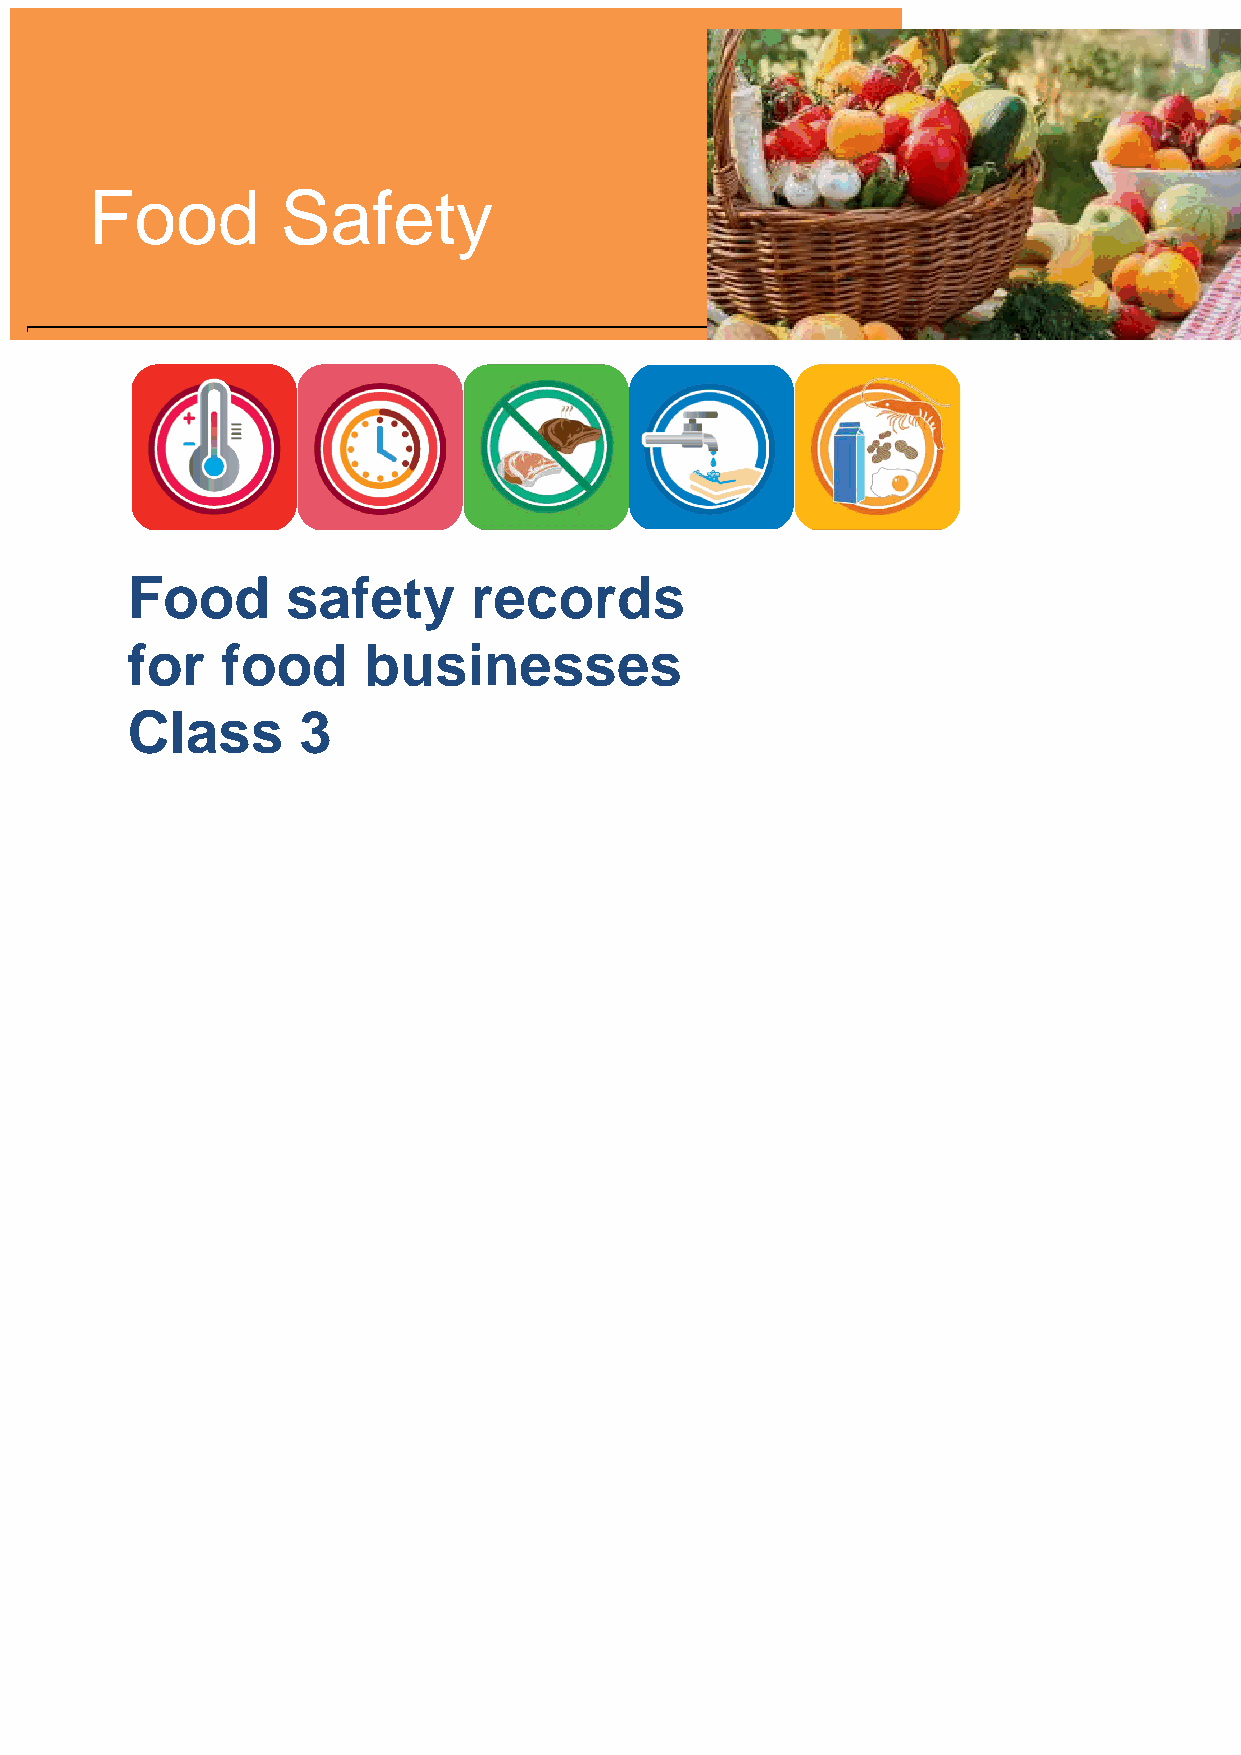
Food         Safety
 Food   Safety
 Food       safety      records
 for    food     businesses
 Class       3